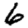
Digit: 6